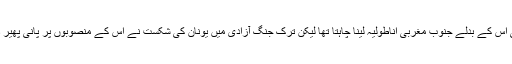
اٹلی اس کے بدلے جنوب مغربی اناطولیہ لینا چاہتا تھا لیکن ترک جنگ آزادی میں یونان کی شکست نے اس کے منصوبوں پر پانی پھیر دیا۔